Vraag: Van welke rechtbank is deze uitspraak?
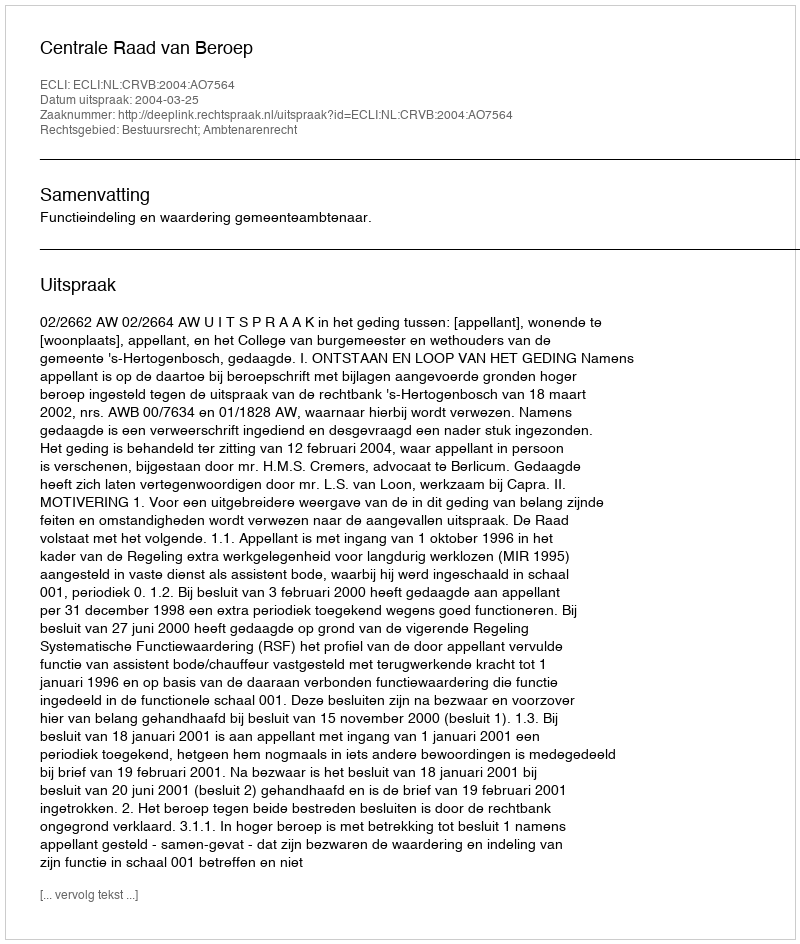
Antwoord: Centrale Raad van Beroep